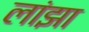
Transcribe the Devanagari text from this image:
लांझा